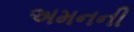
અમનની